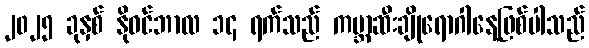
၂၀၂၅ ခုနှစ် နိုဝင်ဘာလ ၁၄ ရက်သည် ကမ္ဘာ့ဆီးချိုရောဂါနေ့ဖြစ်ပါသည်